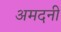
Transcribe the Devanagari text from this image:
अमदनी